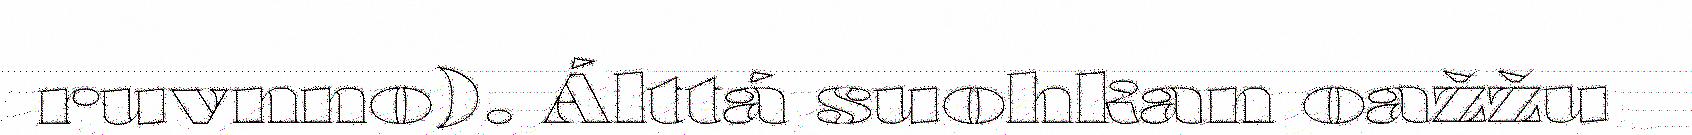
ruvnno). Álttá suohkan oažžu